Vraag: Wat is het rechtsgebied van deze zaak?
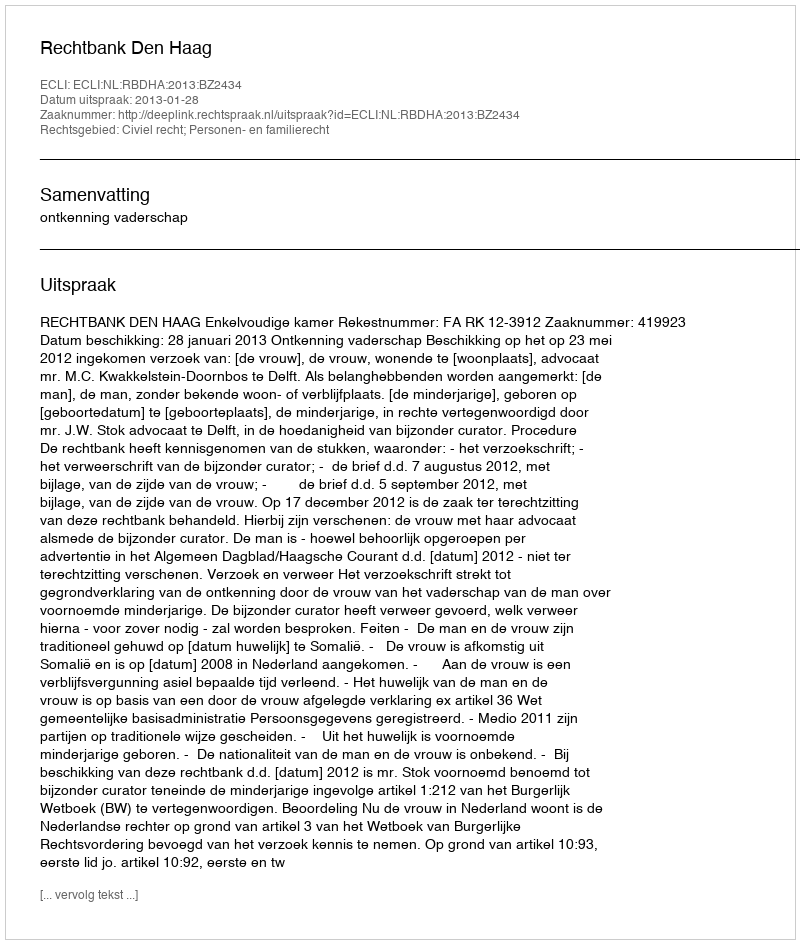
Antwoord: Civiel recht; Personen- en familierecht